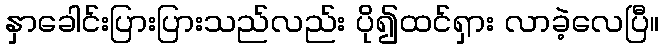
နှာခေါင်းပြားပြားသည်လည်း ပို၍ထင်ရှား လာခဲ့လေပြီ။